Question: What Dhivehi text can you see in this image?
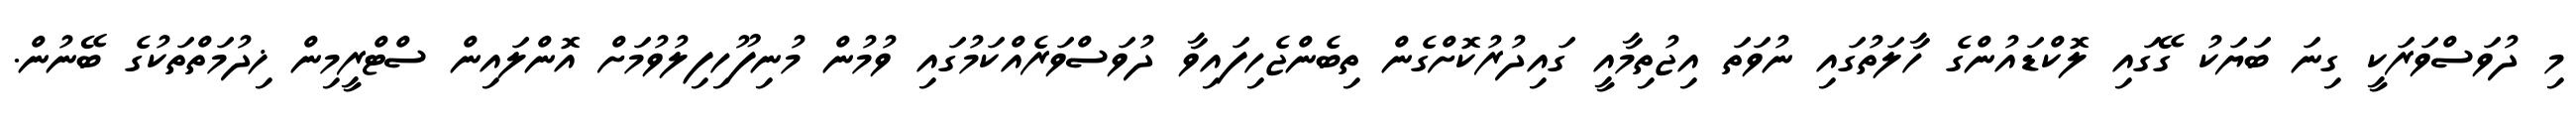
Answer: މި ދުވަސްވަރަކީ ގިނަ ބަޔަކު ގޭގައި ލޮކްޑައުންގެ ހާލަތުގައި ނުވަތަ އިޖުތިމާއީ ގައިދުރުކޮށްގެން ތިބެންޖެހިފައިވާ ދުވަސްވަރެއްކަމުގައި ވުމުން މުނިފޫހިފިލުވުމަށް އޮންލައިން ސްޓްރީމިން ޚިދުމަތްތަކުގެ ބޭނުން.